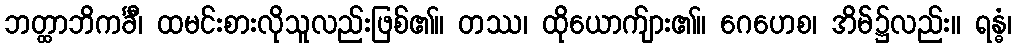
ဘတ္ထာဘိကင်္ခီ၊ ထမင်းစားလိုသူလည်းဖြစ်၏။ တဿ၊ ထိုယောက်ျား၏။ ဂေဟေစ၊ အိမ်၌လည်း။ ရန္ဓံ၊